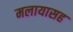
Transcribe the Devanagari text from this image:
मलायासह